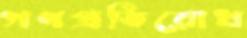
গণপ্রতিরোধ